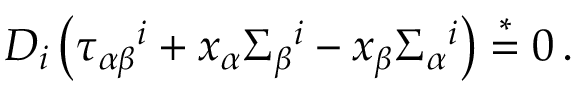
D _ { i } \left( \tau _ { \alpha \beta } { } ^ { i } + x _ { \alpha } \Sigma _ { \beta } { } ^ { i } - x _ { \beta } \Sigma _ { \alpha } { } ^ { i } \right) \stackrel { * } { = } 0 \, .